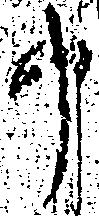
申